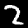
Digit: 2